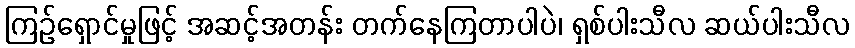
ကြဉ်ရှောင်မှုဖြင့် အဆင့်အတန်း တက်နေကြတာပါပဲ၊ ရှစ်ပါးသီလ ဆယ်ပါးသီလ